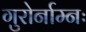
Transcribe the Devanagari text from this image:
गुरोर्नाम्नः